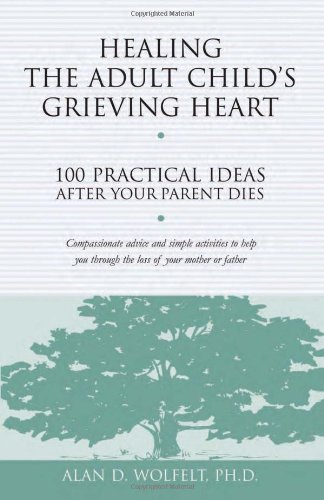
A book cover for Healing the Adult Child's Grieving Heart: 100 Practical Ideas After Your Parent Dies (Healing Your Grieving Heart series); Alan D. Wolfelt PhD; Self-Help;